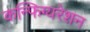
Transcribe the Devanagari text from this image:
कन्फिग्यरेशन